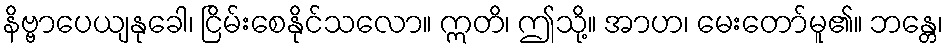
နိဗ္ဗာပေယျနုခေါ၊ ငြိမ်းစေနိုင်သလော။ ဣတိ၊ ဤသို့။ အာဟ၊ မေးတော်မူ၏။ ဘန္တေ၊